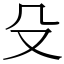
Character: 殳